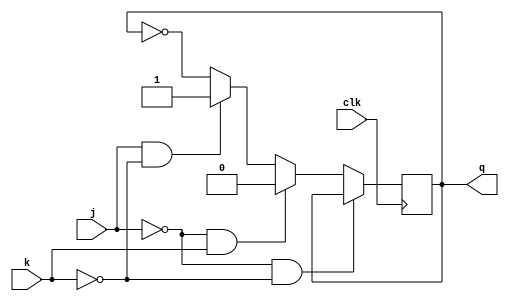
`timescale 1ns / 1ps

module JK(j, k, clk, q);
    input j;
    input k;
    input clk;
    output q;
	 
	 reg q; 
	 always @ ( posedge clk )
	 begin
	 if ( j == 1'b0 & k == 1'b0)
	 q <= q;
	 else if ( j == 1'b0 & k == 1'b1)
	 q <= 1'b0;
	 else if ( j == 1'b1 & k == 1'b0)
	 q <= 1'b1;
	 else
	 q <= ~q;
	 end
	 
	 


endmodule